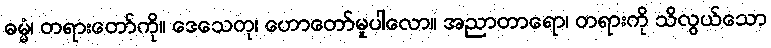
ဓမ္မံ၊ တရားတော်ကို။ ဒေသေတု၊ ဟောတော်မူပါလော။ အညာတာရော၊ တရားကို သိလွယ်သော